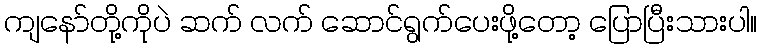
ကျနော်တို့ကိုပဲ ဆက် လက် ဆောင်ရွက်ပေးဖို့တော့ ပြောပြီးသားပါ။